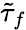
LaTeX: \tilde{\tau}_{f}